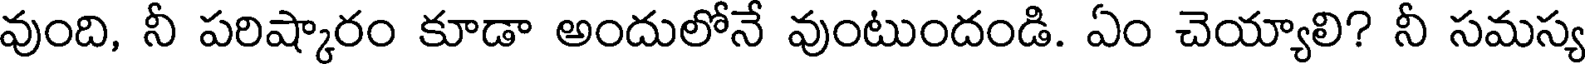
వుంది, నీ పరిష్కారం కూడా అందులోనే వుంటుందండి. ఏం చెయ్యాలి? నీ సమస్య